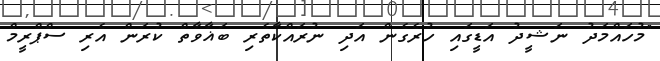
"މުހައްމަދު ނަޝީދު އަޑީގައި ހުރެގެން އަދި ނުރައްކާތެރި ބަޣާވާތް ކުރަން އެރި ސްޕްރީމް